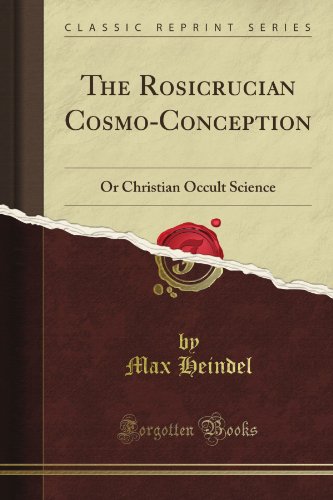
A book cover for The Rosicrucian Cosmo-Conception: Or Christian Occult Science (Classic Reprint); Max Heindel; Religion & Spirituality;